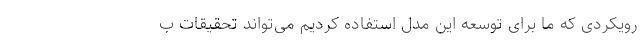
رویکردی که ما برای توسعه این مدل استفاده کردیم می‌تواند تحقیقات ب